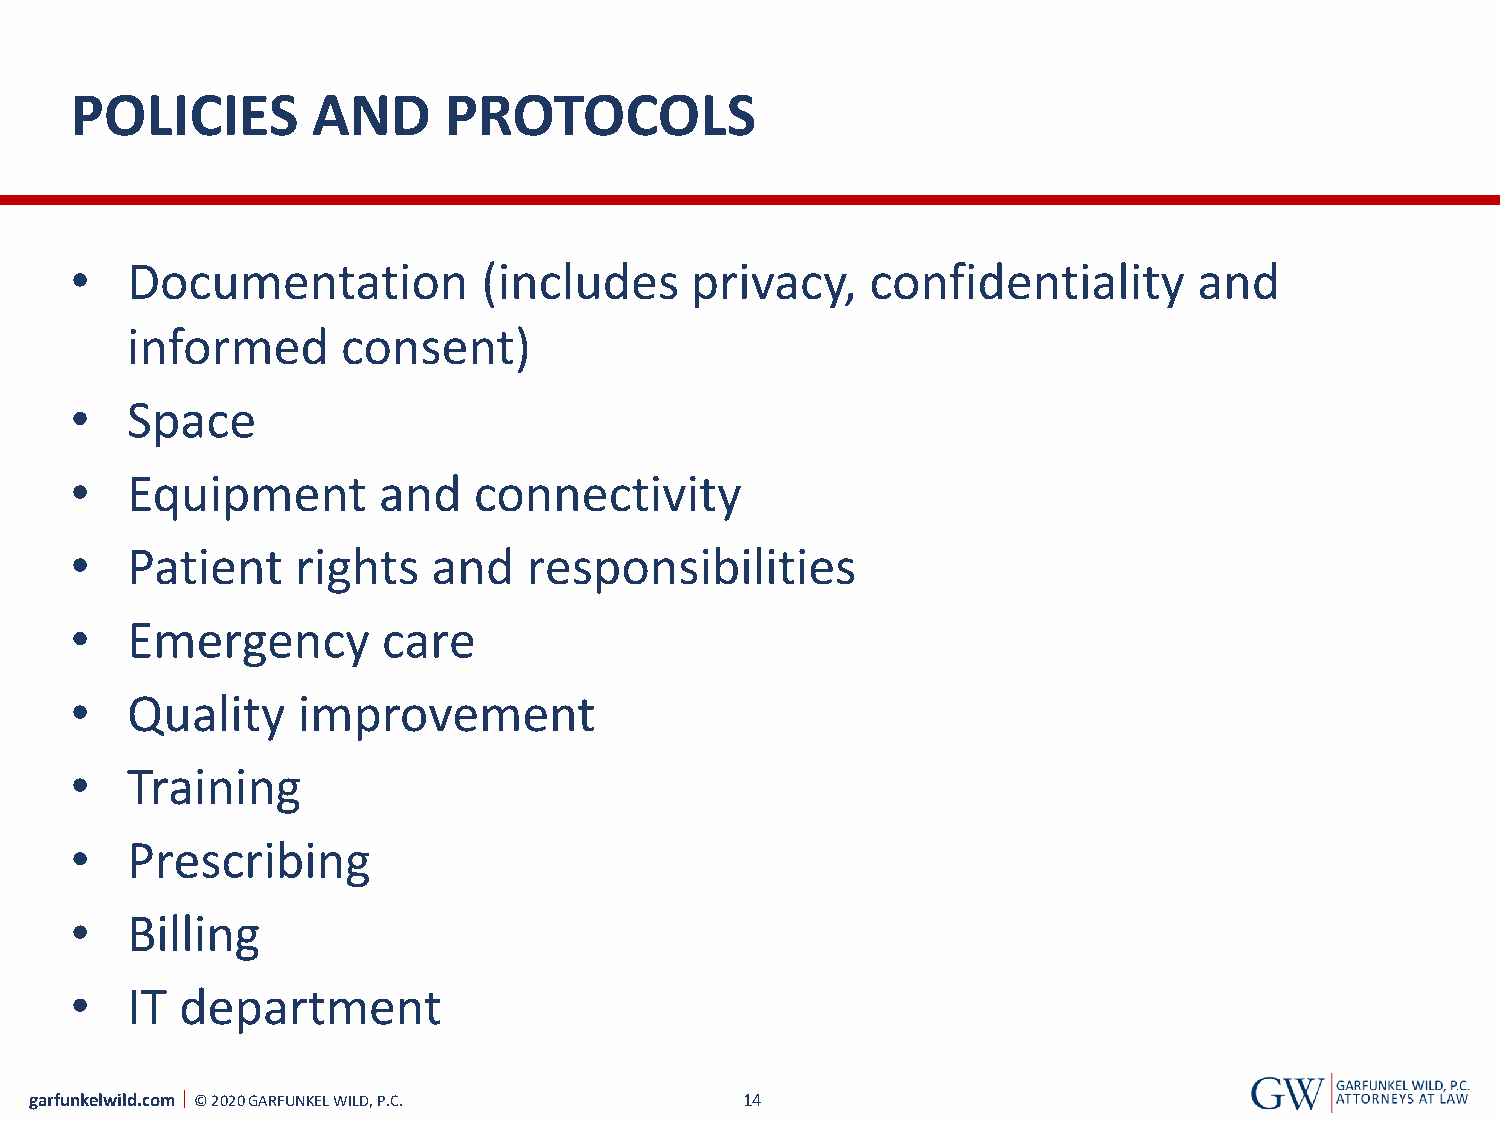
POLICIES        AND     PROTOCOLS
 •  Documentation           (includes     privacy,    confidentiality      and
 informed       consent)
 •  Space
 •  Equipment        and   connectivity
 •  Patient     rights   and   responsibilities
 •  Emergency        care
 •  Quality     improvement
 •  Training
 •  Prescribing
 •  Billing
 •  IT  department
 garfunkelwild.com © 2020 GARFUNKEL WILD, P.C.  14